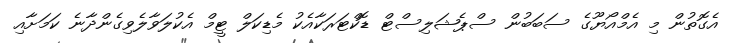
އެގޮތުން މި އެމްއޯޔޫގެ ސަބަބުން ސްޕެޝަލިސްޓް ޑޮކްޓަރަކާއެކު މެޑިކަލް ޓީމް އެކުލަވާލެވިގެންދާނެ ކަމަށާއި